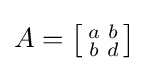
A=\left[{\begin{smallmatrix}a&b\\b&d\end{smallmatrix}}\right]